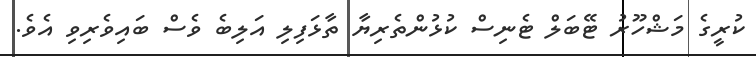
ކުރީގެ މަޝްހޫރު ޓޭބަލް ޓެނިސް ކުޅުންތެރިޔާ ތާޅަފިލި އަލިބެ ވެސް ބައިވެރިވި އެވެ.